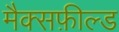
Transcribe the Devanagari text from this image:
मैक्सफ़ील्ड